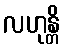
လဟုန္တိ